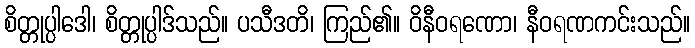
စိတ္တုပ္ပါဒေါ၊ စိတ္တုပ္ပါဒ်သည်။ ပသီဒတိ၊ ကြည်၏။ ဝိနီဝရဏော၊ နီဝရဏကင်းသည်။